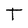
Character: T